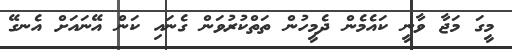
މީގަ މަޖާ ވާނީ ކައެމެން ދެމީހުން ތަތްކުރުވަން ގެނައި ކަން އޭނައަށް އެނގޭ